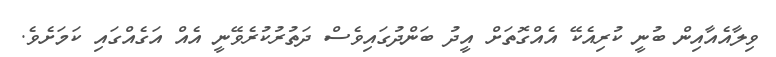
ވިލާއެއާއިން ބުނީ ކުރިއެކޭ އެއްގޮތަށް އީދު ބަންދުގައިވެސް ދަތުރުކުރެވޭނީ އެއް އަގެއްގައި ކަމަށެވެ.